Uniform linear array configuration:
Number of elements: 4
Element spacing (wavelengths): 1
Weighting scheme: cosine
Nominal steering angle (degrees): -60
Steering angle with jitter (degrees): -61.517
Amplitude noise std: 0.05
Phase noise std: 0.05

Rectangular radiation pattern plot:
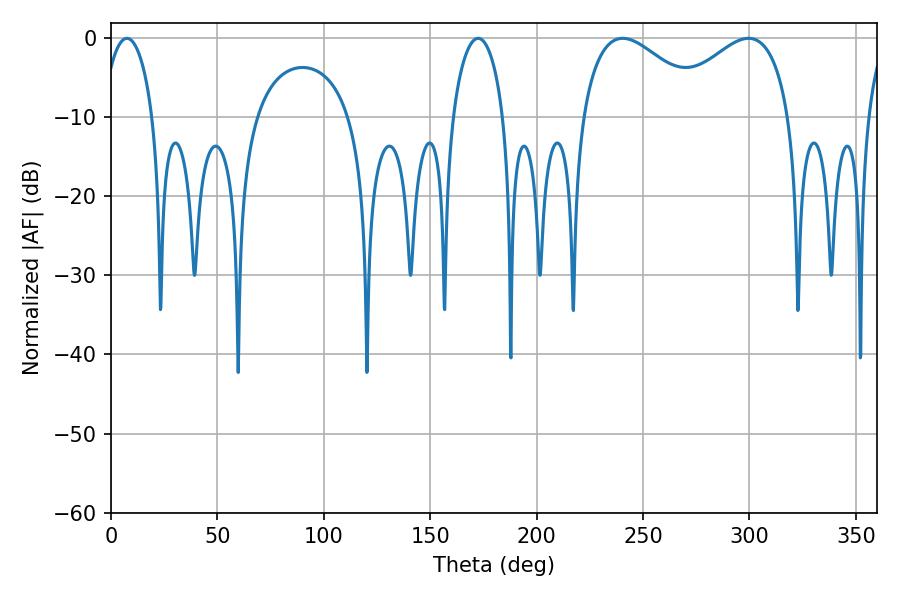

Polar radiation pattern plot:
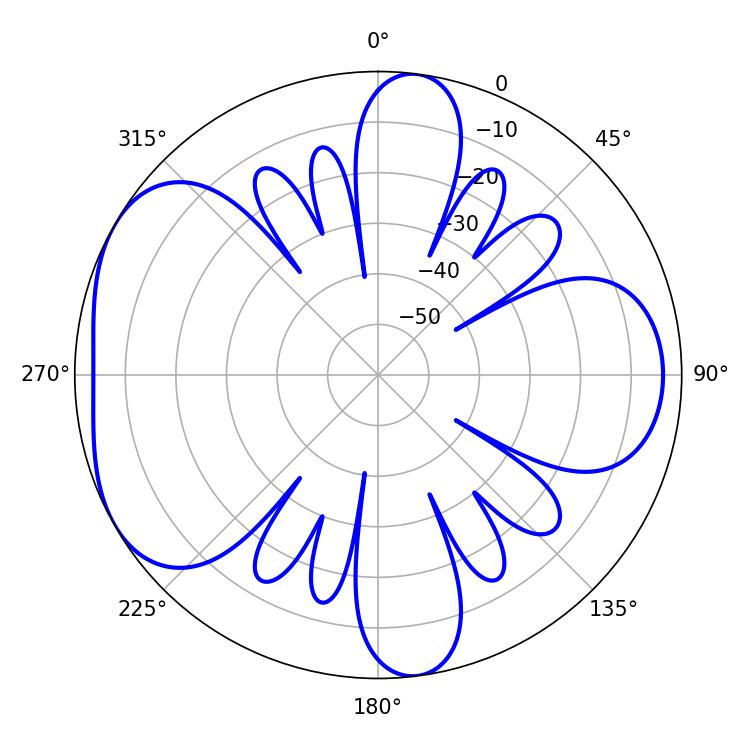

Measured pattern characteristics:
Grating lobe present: TRUE
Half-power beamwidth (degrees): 32.4
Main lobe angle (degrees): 299.52